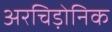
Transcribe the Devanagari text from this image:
अरचिड़ोनिक